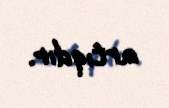
artıqdır.